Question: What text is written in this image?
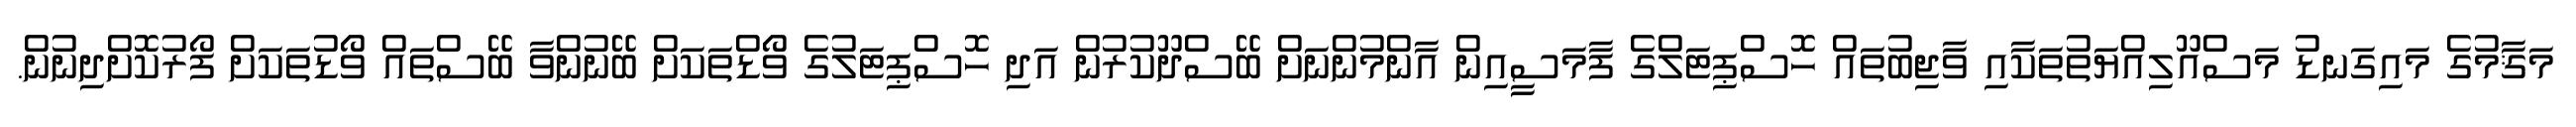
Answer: މަޤާމުގެ މައިގަނޑު މަސްއޫލިއްޔަތުތަކާއި ވާޖިބުތައް ހޮސްޕިޓަލްގެ ފާމަސީއިން އާންމުންނަށް ބޭސްދޫކުރުން އަދި ހޮސްޕިޓަލުގެ ވޯޑްތަކަށް ބޭނުންވާ ބޭސްތައް ވޯޑުތަކަށް ފޯރުކޮށްދިނުން.